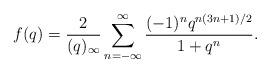
LaTeX: \begin{align*} f(q)= \frac{2}{(q)_\infty}\sum_{n=-\infty}^\infty\frac{(-1)^nq^{n(3n+1)/2}}{1+q^n}.\end{align*}